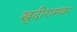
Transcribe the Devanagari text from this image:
खुदीरामवर